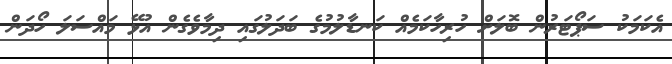
އެކަމަކު ސަޕޯޓަރުން ބޮލަށް ހުރިހާކަމެއް ކަނޑާލުމުގެ ބަދަލުގައި ދިމާވެގެން އުޅޭ މައްސަަލަ ހޯދަން